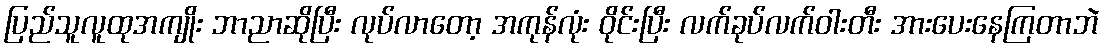
ပြည်သူလူထုအကျိုး ဘာညာဆိုပြီး လုပ်လာတော့ အကုန်လုံး ဝိုင်းပြီး လက်ခုပ်လက်ဝါးတီး အားပေးနေကြတာဘဲ